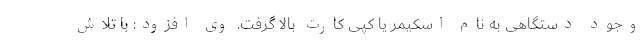
وجود دستگاهی به نام اسکیمر یا کپی کارت بالا گرفت. وی افزود: با تلاش